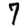
Digit: 7